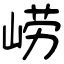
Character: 崂